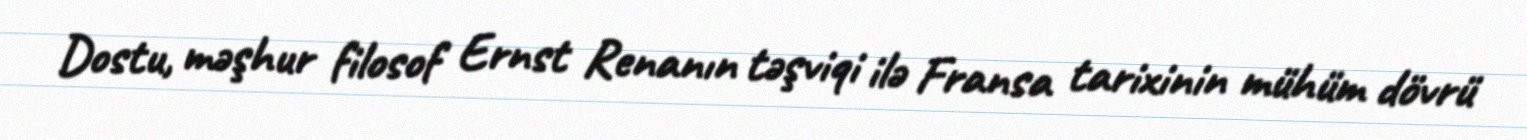
Dostu, məşhur filosof Ernst Renanın təşviqi ilə Fransa tarixinin mühüm dövrü